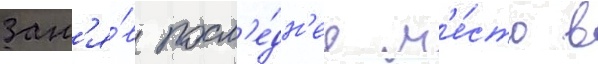
Зан'я́в посл'е́дн'ее м'е́сто в